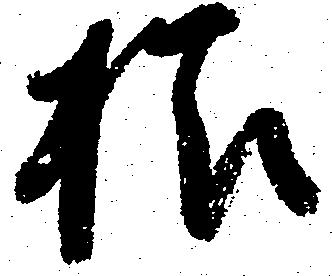
様